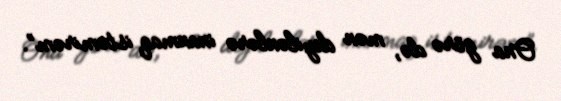
Ona görə də, mən deyilənlərə inanmaq istəmirəm”.